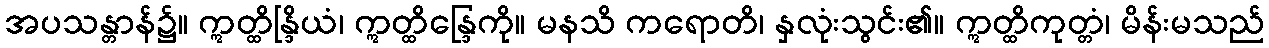
အပသန္တာန်၌။ ဣတ္ထိန္ဒြိယံ၊ ဣတ္ထိန္ဒြေကို။ မနသိ ကရောတိ၊ နှလုံးသွင်း၏။ ဣတ္ထိကုတ္တံ၊ မိန်းမသည်